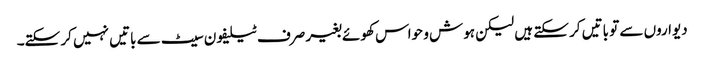
دیواروں سے تو باتیں کر سکتے ہیں لیکن ہوش و حواس کھوئے بغیر صرف ٹیلیفون سیٹ سے باتیں نہیں کر سکتے۔